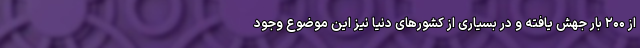
از ۲۰۰ بار جهش یافته و در بسیاری از کشورهای دنیا نیز این موضوع وجود